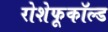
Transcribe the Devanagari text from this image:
रोशेफूकॉल्ड